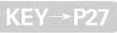
KEY\longrightarrow P27